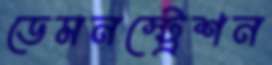
ডেমনস্ট্রেশন